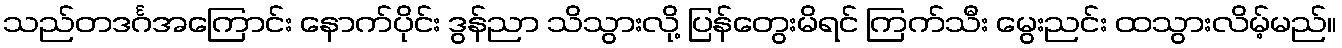
သည်တဒင်္ဂအကြောင်း နောက်ပိုင်း ဒွန်ညာ သိသွားလို့ ပြန်တွေးမိရင် ကြက်သီး မွေးညင်း ထသွားလိမ့်မည်။